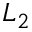
L _ { 2 }